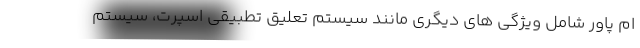
ام پاور شامل ویژگی های دیگری مانند سیستم تعلیق تطبیقی اسپرت، سیستم